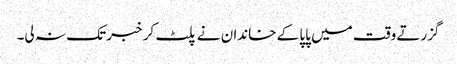
گزرتے وقت میں پاپا کے خاندان نے پلٹ کر خبر تک نہ لی۔